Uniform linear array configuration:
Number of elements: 48
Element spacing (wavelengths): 0.75
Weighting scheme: blackman
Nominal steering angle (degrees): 60
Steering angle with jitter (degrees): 60.466
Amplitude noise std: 0.05
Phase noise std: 0.05

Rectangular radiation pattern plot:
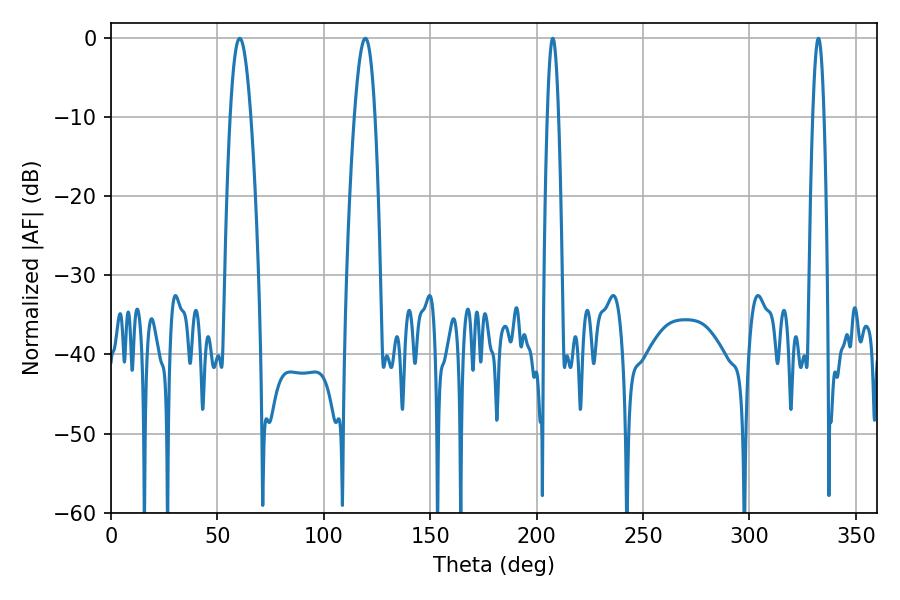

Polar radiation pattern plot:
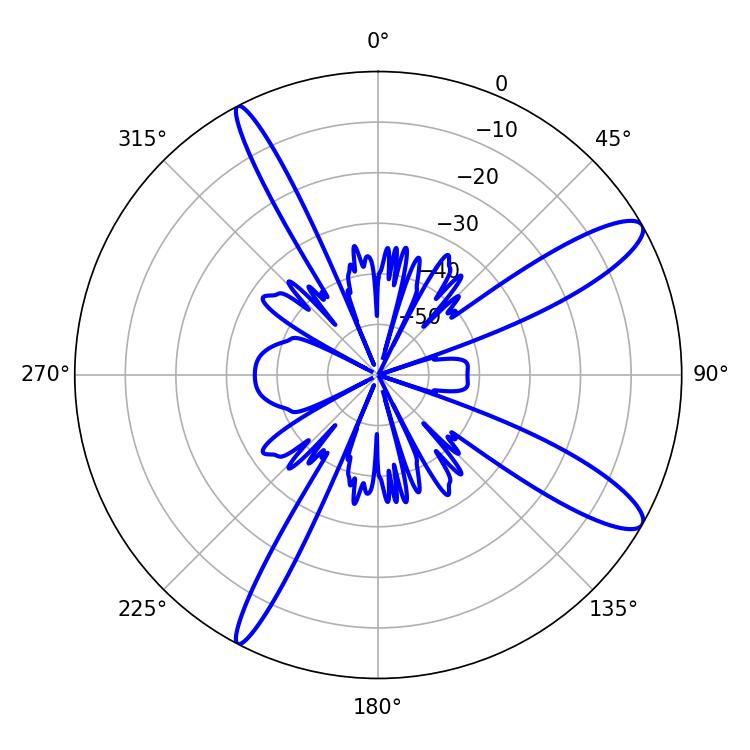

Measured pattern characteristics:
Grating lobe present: TRUE
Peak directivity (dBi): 12.089
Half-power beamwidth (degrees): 5.22
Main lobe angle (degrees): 60.48